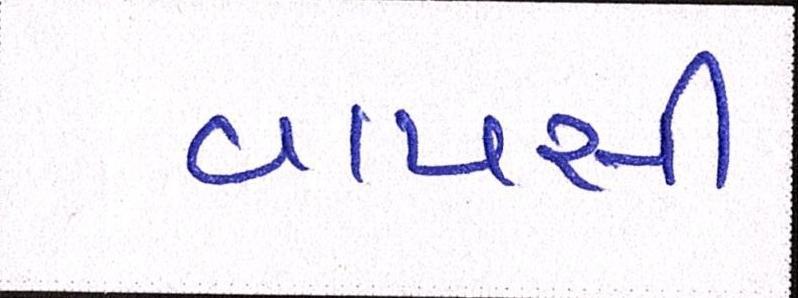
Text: વાપસી